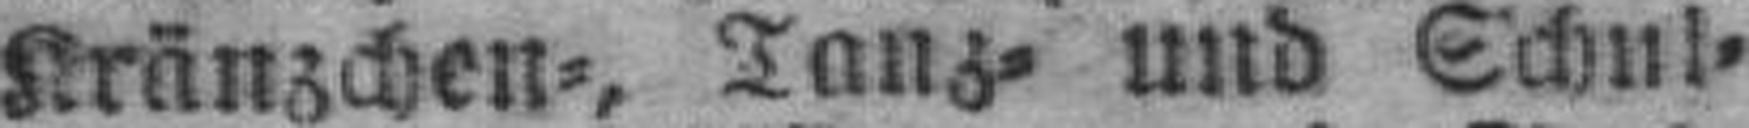
Kränzchen=, Tanz= und Schul¬